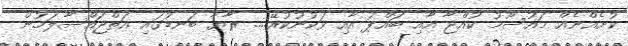
ކުށެއްނެއް މައުސޫމު ކުއްޖާ އާއި ބައްޕަ އާއި ވަކުނުކުރޭ.... ރާޔާ ބަނޑުގައި އަތްޖައްސާލަމުން